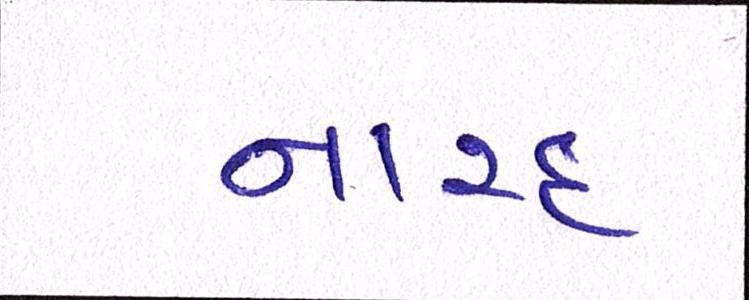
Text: નારદ